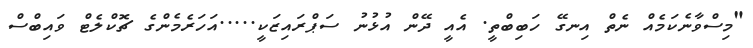
"މިސްވާނެކަމެއް ނެތް އިނގޭ ހަބިބްތީ. އެއީ ދޭން އުޅުނު ސަޕްރައިޒަކީ.....އަހަރެމެންގެ ޗޮކްލެޓް ވައިބްސް